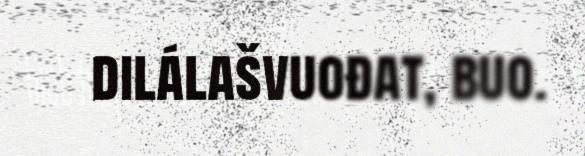
dilálašvuođat, buo.